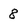
Character: 8